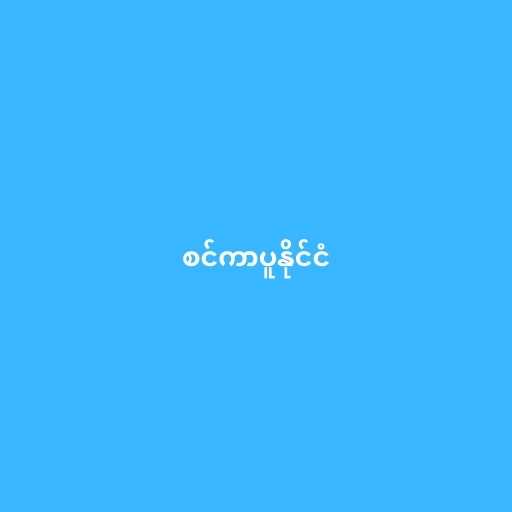
စင်ကာပူနိုင်ငံ